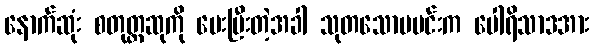
နောက်ဆုံး စတုတ္ထဆုကို ပေးပြီးတဲ့အခါ သုတသောမမင်းက ပေါရိသာဒအား